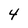
Character: 4